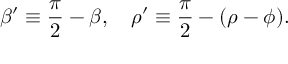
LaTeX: \beta ^ { \prime } \equiv { \frac { \pi } { 2 } } - \beta , \quad \rho ^ { \prime } \equiv { \frac { \pi } { 2 } } - ( \rho - \phi ) .